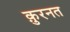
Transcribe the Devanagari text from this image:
क़ुरनत